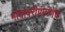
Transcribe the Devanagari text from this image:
गोदावरीप्रमाणेच